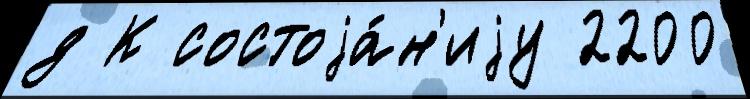
д К состоjа́н'иjу 2200